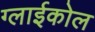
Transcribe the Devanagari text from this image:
ग्लाईकोल